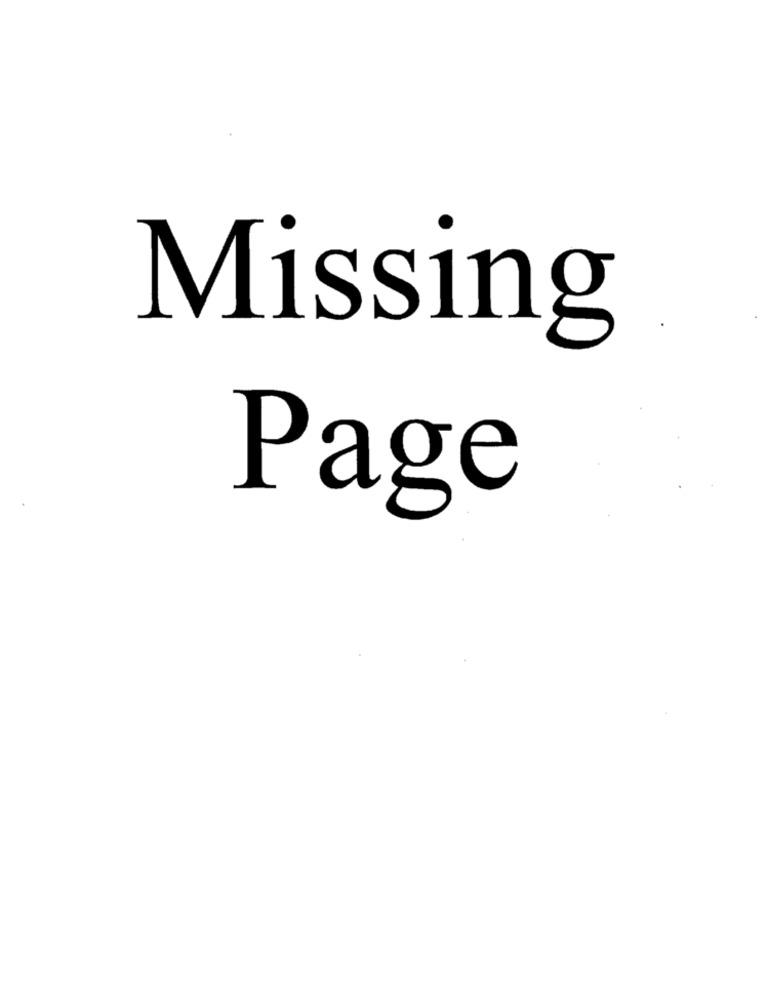
Missing
Page